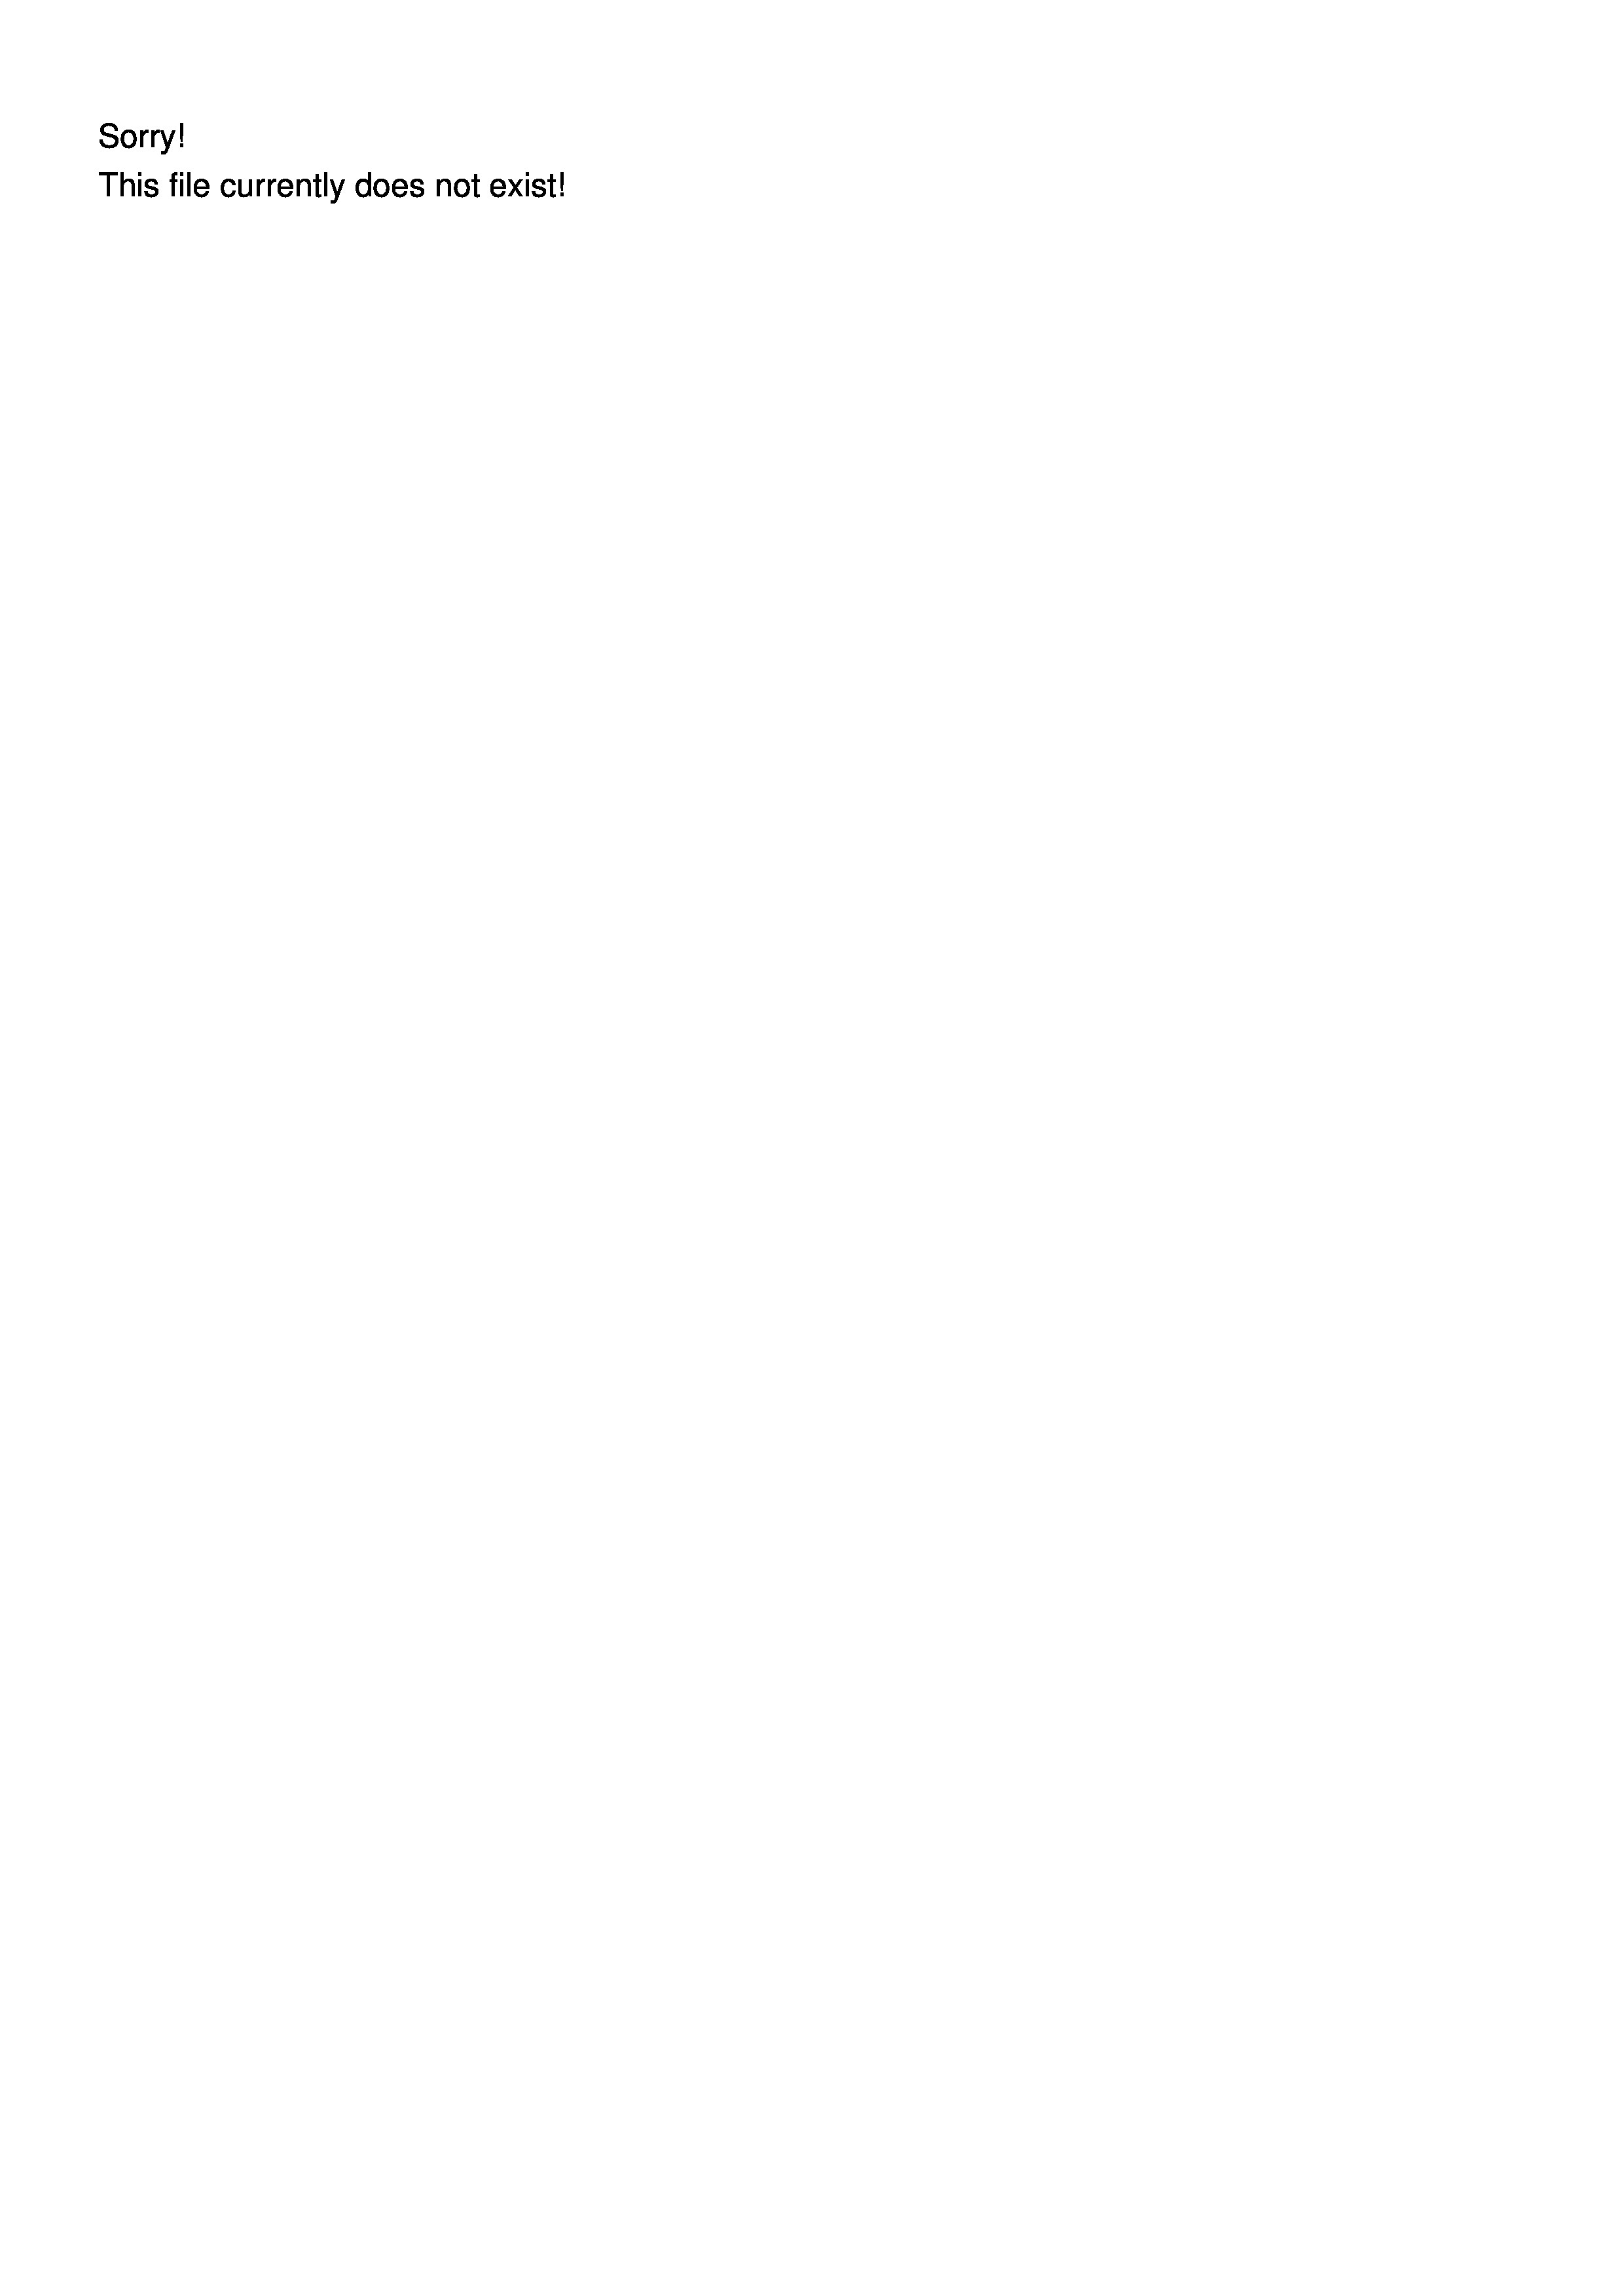
Sorry.
his file currently does not exist!

2